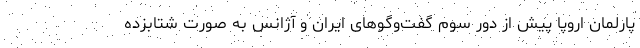
پارلمان اروپا پیش از دور سوم گفت‌وگوهای ایران و آژانس به صورت شتابزده